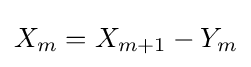
X_{m}=X_{m+1}-Y_{m}